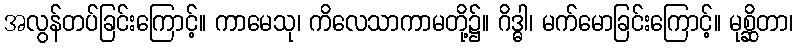
အလွန်တပ်ခြင်းကြောင့်။ ကာမေသု၊ ကိလေသာကာမတို့၌။ ဂိဒ္ဓါ၊ မက်မောခြင်းကြောင့်။ မုစ္ဆိတာ၊